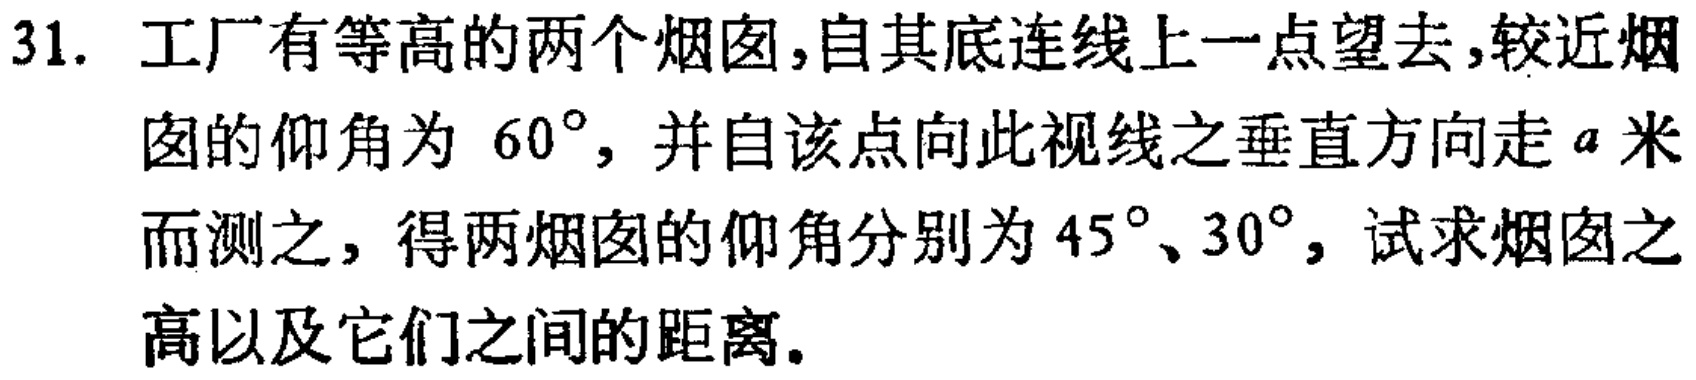
31. 工厂有等高的两个烟囱，自其底连线上一点望去，较近烟囱的仰角为 \(60^{\circ}\)，并自该点向此视线之垂直方向走 \(a\) 米而测之，得两烟囱的仰角分别为 \(45^{\circ}\)、\(30^{\circ}\)，试求烟囱之高以及它们之间的距离.